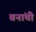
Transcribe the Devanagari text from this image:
वनांची